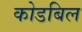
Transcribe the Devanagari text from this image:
कोडबिल